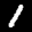
Label: 1